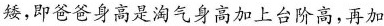
矮，即爸爸身高是淘气身高加上台阶高，再加